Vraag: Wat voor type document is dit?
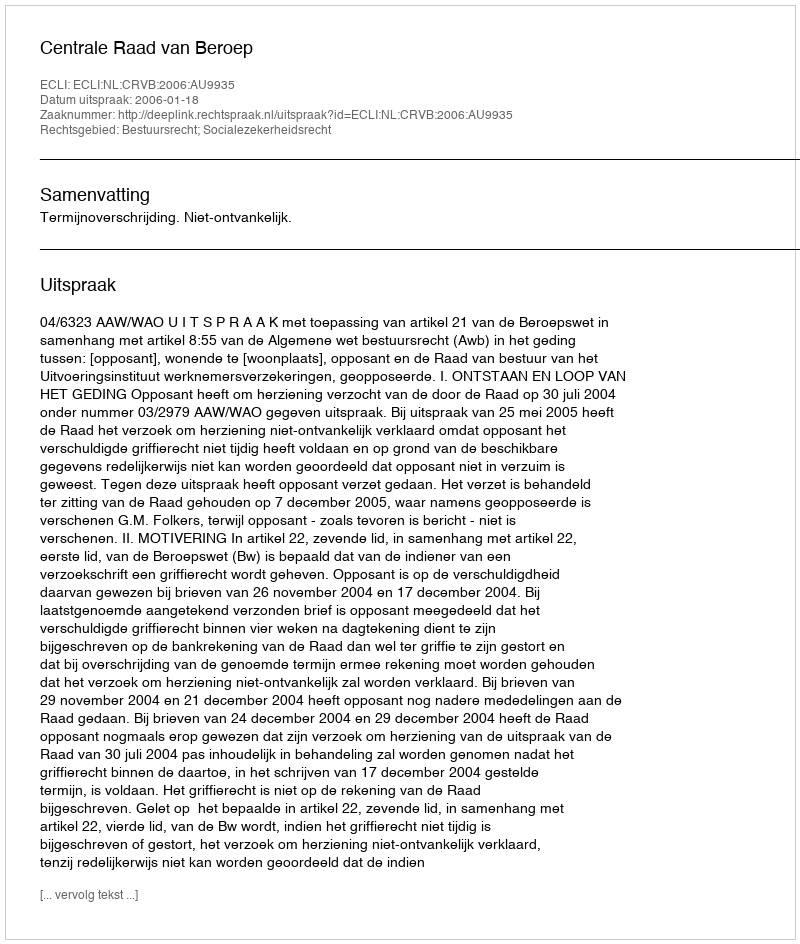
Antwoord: Uitspraak